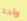
واحد